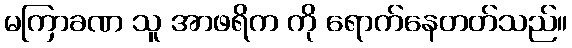
မကြာခဏ သူ အာဖရိက ကို ရောက်နေတတ်သည်။